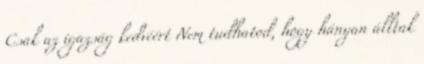
Csak az igazság kedvéért Nem tudhatod, hogy hányan álltak